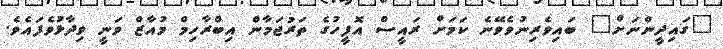
"ގައިދީންނަށް" ބައިވެރިނުވެވޭނެ ކަމަށް ރައީސް އޮފީހުގެ ތަރުޖަމާން އިބްރާހިމް މުއާޒް ވަނީ ވިދާޅުވެފައެވެ.